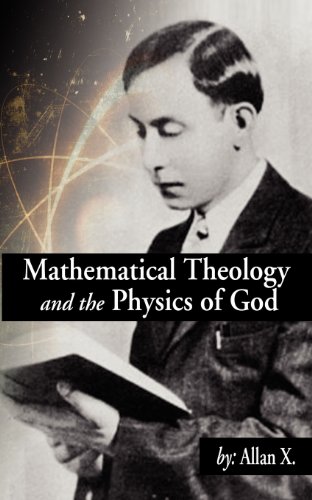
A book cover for Mathematical Theology and the Physics of God; Allan X; Religion & Spirituality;